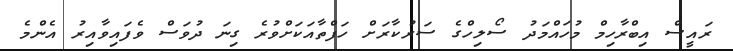
ރައީސް އިބްރާހިމް މުހައްމަދު ސޯލިހްގެ ސަރުކާރަށް ހަފްތާއަކަށްވުރެ ގިނަ ދުވަސް ވެފައިވާއިރު އެންމެ